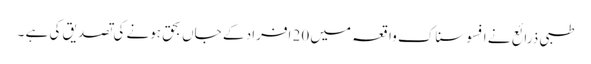
طبی ذرائع نے افسوسناک واقعہ میں 20 افراد کے جاں بحق ہونے کی تصدیق کی ہے ۔